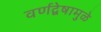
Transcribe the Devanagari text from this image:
वर्णद्वेषामुळे